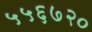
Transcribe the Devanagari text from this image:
५५६७२०